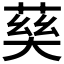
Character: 𡙠